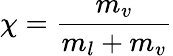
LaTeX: \chi={\frac{m_{v}}{m_{l}+m_{v}}}